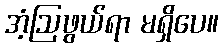
အံ့ဩဖွယ်ရာ မရှိပေ။